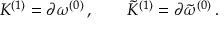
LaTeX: { \cal K } ^ { ( 1 ) } = \partial \omega ^ { ( 0 ) } \, , \qquad { \tilde { \cal K } } ^ { ( 1 ) } = \partial { \tilde { \omega } } ^ { ( 0 ) } \, .